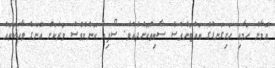
އޮމާން ހަމާއި ހަށިގަނޑުގެ ބައްޓަންވެސް ސާބިތުކޮށްދެއެވެ. ސޯފިއާ ކޮންމެވެސް ވަރަކަށް އޭނަގެ ވާހަކަތައް